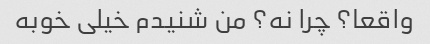
واقعا؟ چرا نه؟ من شنیدم خیلی خوبه